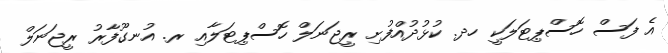
އެ ފަސް ހޮސްޕިޓަލަކީ ހދ. ކުޅުދުއްފުށި ރީޖަނަލް ހޮސްޕިޓަލާއި ރ. އުނގޫފާރު ރީޖަނަލް